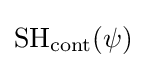
\operatorname {SH} _{\mathrm {cont} }(\psi )